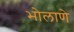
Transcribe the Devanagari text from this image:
भोलाणे